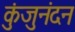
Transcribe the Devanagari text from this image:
कुंजुनंदन